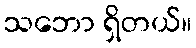
သဘော ရှိတယ်။